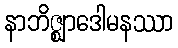
နာဘိဇ္ဈာဒေါမနဿာ